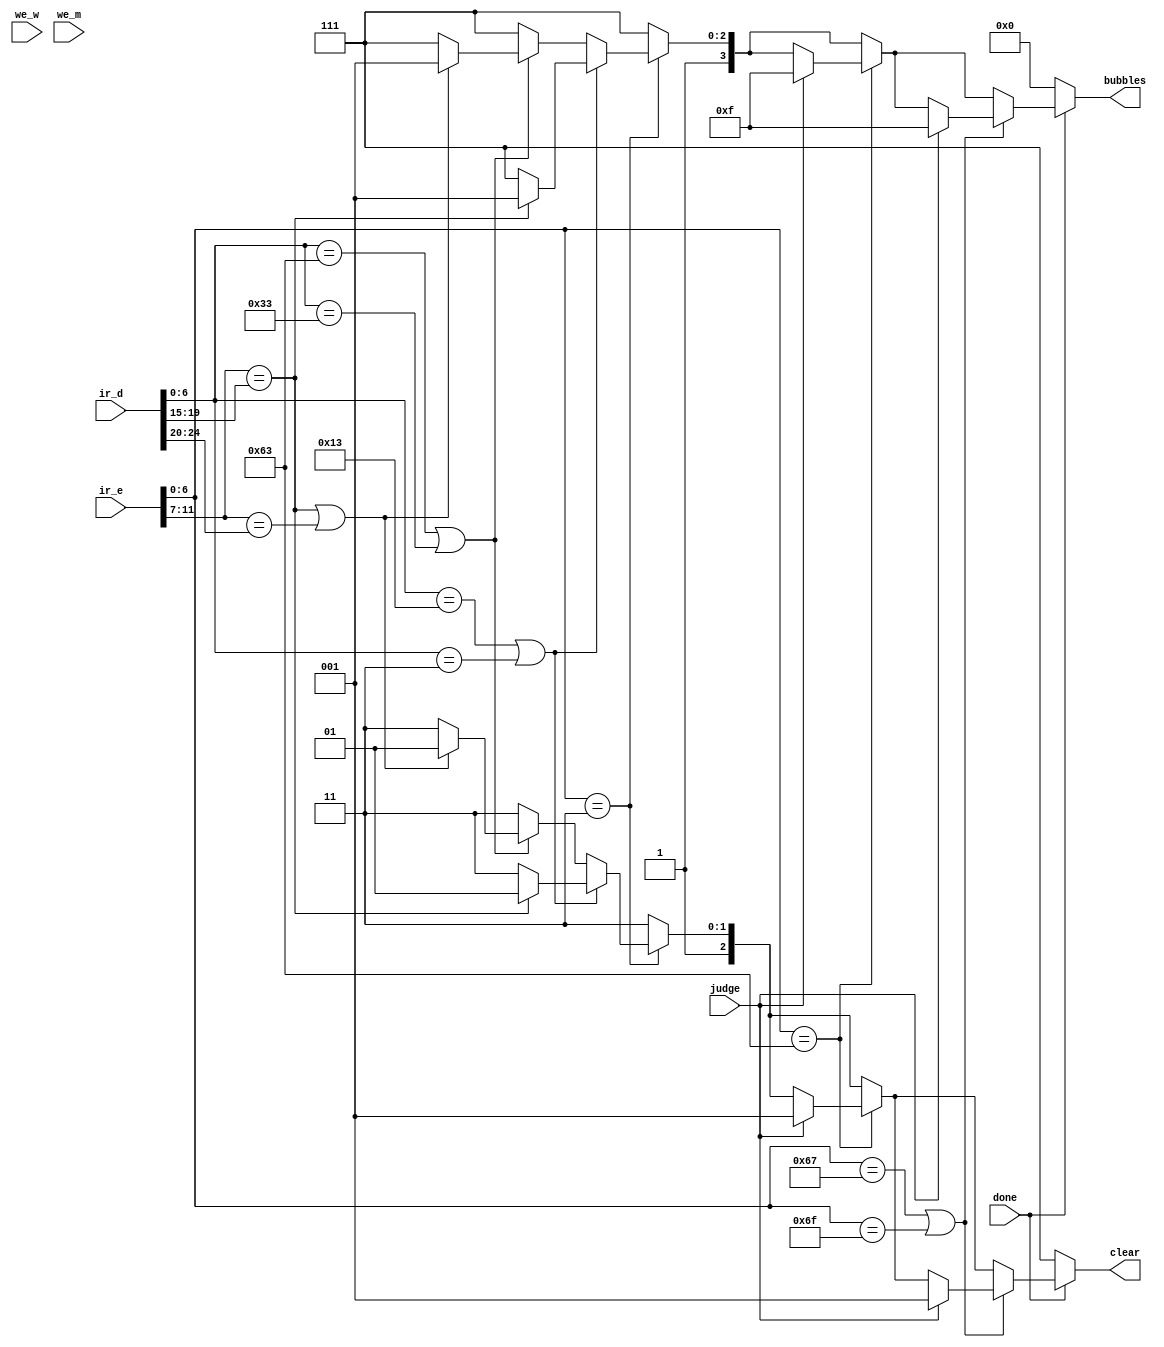
`timescale 1ns / 1ps
//////////////////////////////////////////////////////////////////////////////////
// Company: 
// Engineer: 
// 
// Design Name: 
// Module Name: MEM_WB
// Project Name: 
// Target Devices: 
// Tool Versions: 
// Description: 
// 
// Dependencies: 
// 
// Revision:
// Revision 0.01 - File Created
// Additional Comments:
// 
//////////////////////////////////////////////////////////////////////////////////


module Hazard_Unit(
    input we_w,
    input we_m,
    input done,
    input [31:0] ir_e,
    input [31:0] ir_d,
    input judge,
    output reg [3:0] bubbles,
    output reg [2:0] clear
);
wire [6:0] op_e = ir_e[6:0];
wire [6:0] op_d = ir_d[6:0];
wire [4:0] rd_e = ir_e[11:7];
wire [4:0] rs1_d = ir_d[19:15];
wire [4:0] rs2_d = ir_d[24:20];


always@(*)begin
    bubbles = 4'b1111;
    clear = 3'b111;
    if(op_e == 7'b0000011)begin     //lw
        if(op_d == 7'b0010011 || op_d == 7'b000011)begin    //addi lw
            if(rd_e == rs1_d)begin
                bubbles = 4'b1001;
                clear = 3'b101;
            end
        end
        else if(op_d == 7'b1100011 || op_d == 7'b0110011 || op_d == 0100011)begin    //beq sw add 
            if(rd_e == rs1_d || rd_e == rs2_d)begin
                bubbles = 4'b1001;
                clear = 3'b101;
            end
        end
    end
    if(op_e == 7'b1100011)begin     //beq
        if(judge)begin
            bubbles = 4'b1111;
            clear = 3'b001;
        end
    end
    if(op_e == 7'b1100111 || op_e == 7'b1101111)begin
        if(judge)begin
            bubbles = 4'b1111;
            clear = 3'b001;
        end
    end
    if(!done)begin
        bubbles = 4'b0000;
        clear = 3'b111;
    end
end


endmodule